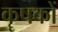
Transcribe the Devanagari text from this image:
कॄषकों